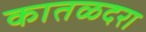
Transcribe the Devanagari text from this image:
कातळदरा